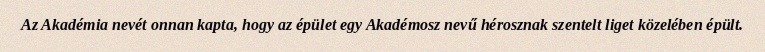
Az Akadémia nevét onnan kapta, hogy az épület egy Akadémosz nevű hérosznak szentelt liget közelében épült.